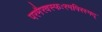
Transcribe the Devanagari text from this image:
परमैरवस्फःरमपिरस्मद्